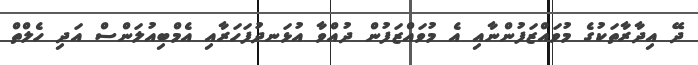
ދޭ އިދާރާތަކުގެ މުވައްޒަފުންނާއި އެ މުވައްޒަފުން ދުއްވާ އުޅަނދުފަހަރާއި އެމްބިއުލަންސް އަދި ހެލްތް